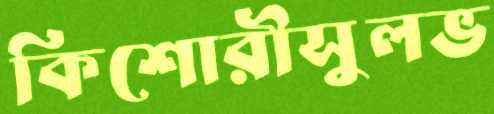
কিশোরীসুলভ